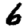
Digit: 6